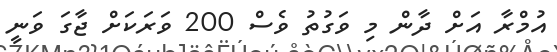
އުމްރާ އަށް ދާން މި ވަގުތު ވެސް 200 ވަރަކަށް ޖާގަ ވަނީ